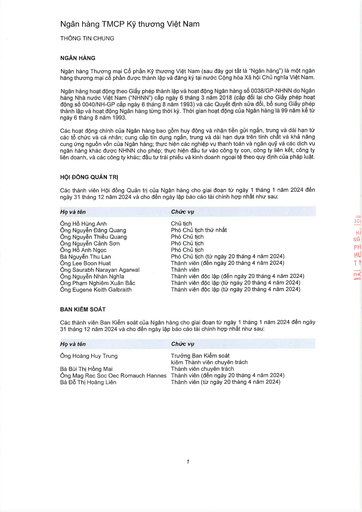
|Họ và tên|Chức vụ| |---|---| |Ông Hồ Hùng Anh|Chủ tịch| |Ông Nguyễn Đăng Quang|Phó Chủ tịch thứ nhất| |Ông Nguyễn Thiều Quang|Phó Chủ tịch| |Ông Nguyễn Cảnh Sơn|Phó Chủ tịch| |Ông Hồ Anh Ngọc|Phó Chủ tịch| |Bà Nguyễn Thu Lan|Phó Chủ tịch (từ ngày 20 tháng 4 năm 2024)| |Ông Lee Boon Huat|Thành viên (đến ngày 20 tháng 4 năm 2024)| |Ông Saurabh Narayan Agarwal|Thành viên| |Ông Nguyễn Nhân Nghĩa|Thành viên độc lập (đến ngày 20 tháng 4 năm 2024)| |Ông Phạm Nghiêm Xuân Bắc|Thành viên độc lập (từ ngày 20 tháng 4 năm 2024)| |Ông Eugene Keith Galbraith|Thành viên độc lập (từ ngày 20 tháng 4 năm 2024)| |Họ và tên|Chức vụ| |---|---| |Ông Hoàng Huy Trung|Trưởng Ban Kiểm soát kiêm Thành viên chuyên trách| |Bà Bùi Thị Hồng Mai|Thành viên chuyên trách| |Ông Mag Rec Soc Oec Romauch Hannes|Thành viên (đến ngày 20 tháng 4 năm 2024)| |Bà Đỗ Thị Hoàng Liên|Thành viên (từ ngày 20 tháng 4 năm 2024)|